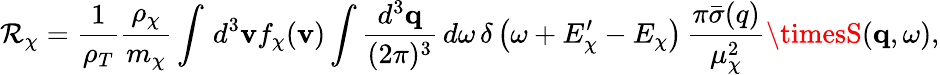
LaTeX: \mathcal{R}_{\chi}=\frac{{1}}{{\rho_{T}}}\frac{{\rho_{\chi}}}{{m_{\chi}}}\int\, d^{3}\mathbf{{v}}f_{\chi}(\mathbf{{v}})\int\frac{{d^{3}\mathbf{{q}}}}{{(2\pi)^{3}}}\, d\omega\, \delta\left(\omega+E_{\chi}^{\prime}-E_{\chi}\right)\, \frac{{\pi\bar{{\sigma}}(q)}}{{\mu_{\chi}^{2}}}\timesS(\mathbf{{q}},\omega),